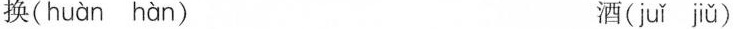
换( huàn hàn ) 酒( juǐ jiǔ )